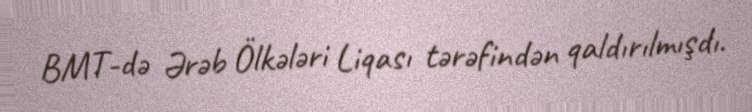
BMT-də Ərəb Ölkələri Liqası tərəfindən qaldırılmışdı.